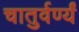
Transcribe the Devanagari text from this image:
चातुर्वर्ण्यं